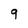
Character: 9